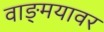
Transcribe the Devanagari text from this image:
वाङ्‌मयावर